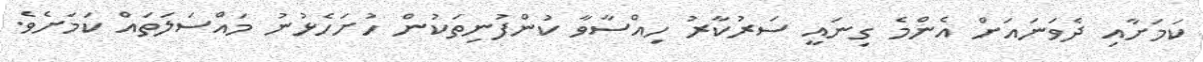
ކަމަށާއި ދެވަނައަށް އެންމެ ގިނައީ ސަރުކާރު ހިއްސާވާ ކުންފުނިތަކުން ހުށަހެޅުނު މައްސަލަތައް ކަމަށެެވެ.